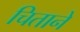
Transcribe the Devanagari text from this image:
चिताने